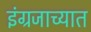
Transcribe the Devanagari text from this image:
इंग्रजाच्यात